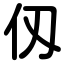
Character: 仭